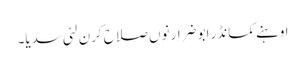
اوہنے کمانڈر ابو ضرار نوں صلاح کرن لئی سدیا۔